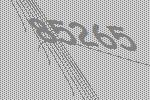
85265